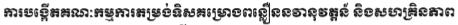
ការបង្កើតគណៈកម្មការតម្រង់ទិសគម្រោងពន្លឿននវានុវត្តន៏ និងសហគ្រិនភាព